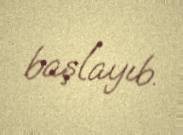
başlayıb.